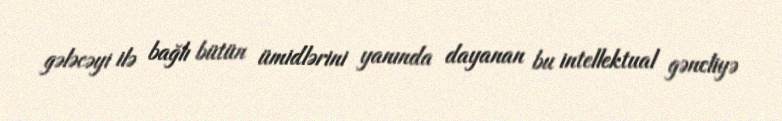
gələcəyi ilə bağlı bütün ümidlərini yanında dayanan bu intellektual gəncliyə